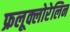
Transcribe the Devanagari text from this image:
फ्रलूक्लोरेलिन